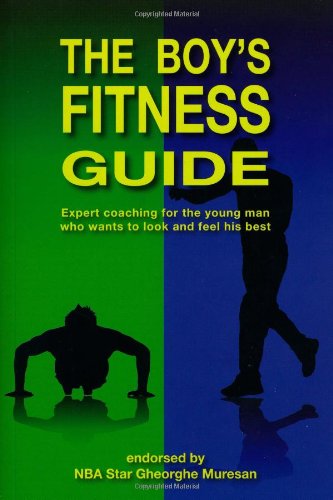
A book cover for The Boy's Fitness Guide: Expert Coaching for the Young Man Who Wants to Look and Feel His Best (English); Frank C. Hawkins; Health, Fitness & Dieting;